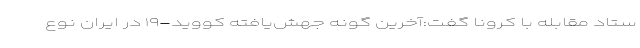
ستاد مقابله با کرونا گفت:آخرین گونه جهش‌یافته کووید-۱۹ در ایران نوع